Indian Medical Review
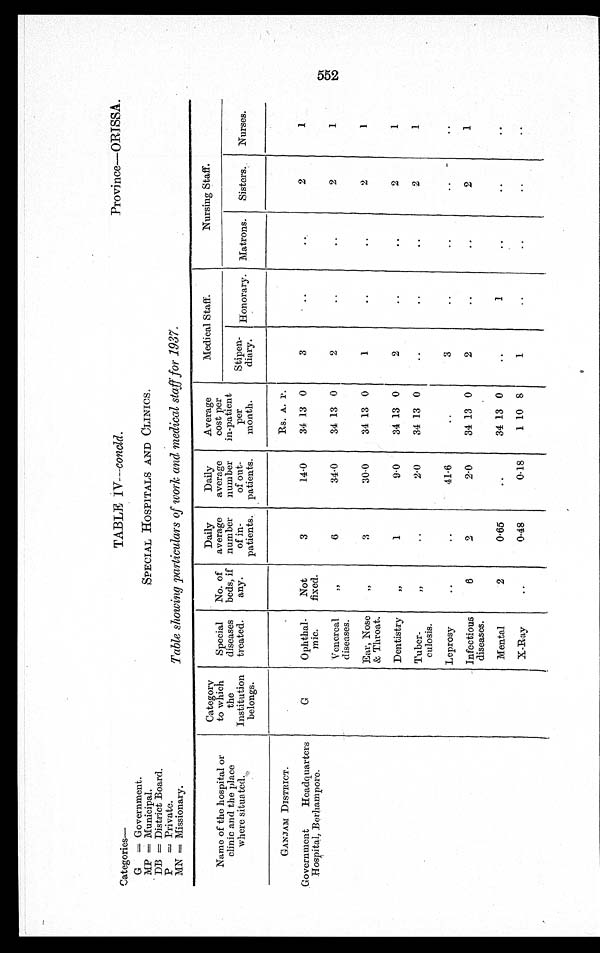
TABLE
Categories—
IV—concld.
Province—ORISSA.
G = Government.
MP = Municipal. SPECIAL HOSPITALS AND CLINICS.
DB = District Board.
P = Private.
MN = Missionary.
Table showing particulars of work and medical staff for 1937.
Name of the hospital or
clinic and the place
where situated.
Category
to which
the
Institution
belongs.
Special
diseases
treated.
No. of
beds, if
any.
Daily
average
number
of in-
patients.
Daily
average
number
of out-
patients.
Average
cost per
in-patient
per
month.
Medical Staff.
Nursing Staff.
Stipen-
diary. Honorary .
Matrons. Sisters. Nurses.
GANJAM DISTRICT.
Rs. A. P.
.Government Headquarters
Hospital, Berhampore.
G
Ophthal-
mic.
Not
fixed.
3
14.0
34 13 0
3
2
1
Venereal
diseases.
„
6
34.0
34 13 0
2
2
1
Ear, Nose
& Throat.
„
3
30.0
34 13 0
1
2
1
Dentistry
„
1
9.0
34 13 0
2
2
1
Tuber-
culosis.
„
2.0
34 13 0
2
1
Leprosy
41.6
3
Infectious
diseases.
6
2
2 . 0
34 13 0
2
2
1
Mental
2
0.65
34 13 0
1
X-Ray
0.48
0.18
1 10 8
1
552